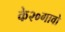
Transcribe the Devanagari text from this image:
के२०गावो